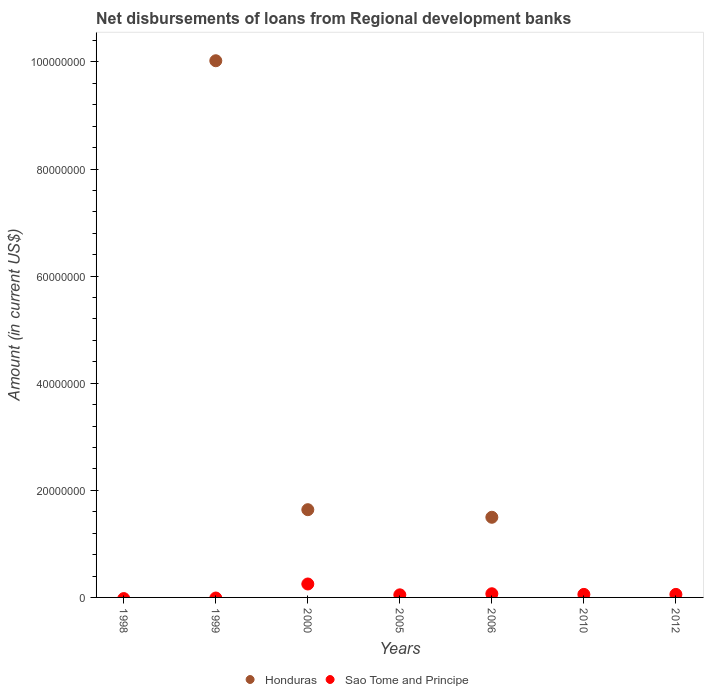
| Years | Honduras | Sao Tome and Principe |
 | --- | --- | --- |
 | 1998 | -1.84e+06 | -2.16e+05 |
 | 1999 | 1e+08 | -1.11e+05 |
 | 2000 | 1.64e+07 | 2.51e+06 |
 | 2005 | -3.94e+05 | 4.85e+05 |
 | 2006 | 1.5e+07 | 6.86e+05 |
 | 2010 | -1.55e+06 | 5.65e+05 |
 | 2012 | -6.21e+06 | 5.65e+05 |